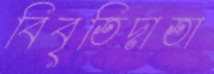
বিবৃতিদাতা